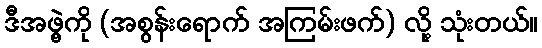
ဒီအဖွဲ့ကို (အစွန်းရောက် အကြမ်းဖက်) လို့ သုံးတယ်။